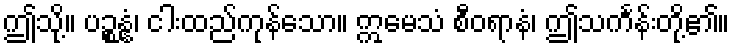
ဤသို့။ ပဉ္စန္နံ၊ ငါးထည်ကုန်သော။ ဣမေသံ စီဝရာနံ၊ ဤသင်္ကန်းတို့၏။